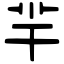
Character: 羋